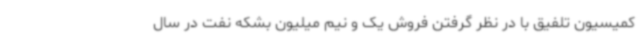
کمیسیون‌ تلفیق با در نظر گرفتن فروش یک و نیم میلیون بشکه نفت در سال